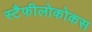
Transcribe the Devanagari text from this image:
स्टैफीलोकोकस